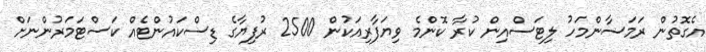
އެގޮތުން ރަމަޟާންމަހު ލިޓަސްއިން ކުރާ ކޮންމެ ވިޔަފާރިއަކުން 2500 ރުފިޔާގެ ޑިސްކައުންޓެއް ކަސްޓަމަރުންނަަަށް